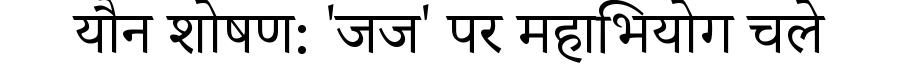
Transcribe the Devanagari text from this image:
यौन शोषण: 'जज' पर महाभियोग चले